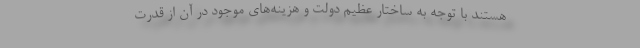
هستند با توجه به ساختار عظیم دولت و هزینه‌های موجود در آن از قدرت